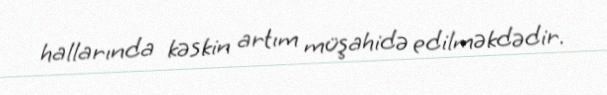
hallarında kəskin artım müşahidə edilməkdədir.